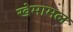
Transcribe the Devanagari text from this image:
खेमामल